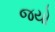
જયો